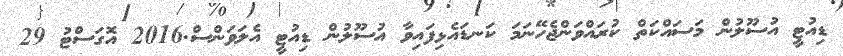
ޑިއުޓީ އުސޫލުން މަސައްކަތް ކުރައްވަންޖެހޭނަމަ ކަނޑައެޅިފައިވާ އުސޫލުން ޑިއުޓީ އެލަވަންސް.2016 އޮގަސްޓު 29